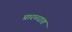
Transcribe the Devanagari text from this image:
प्रारब्धात